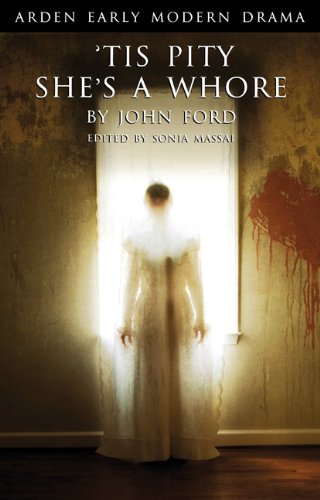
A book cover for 'Tis Pity She's A Whore (Arden Early Modern Drama); John Ford; Humor & Entertainment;